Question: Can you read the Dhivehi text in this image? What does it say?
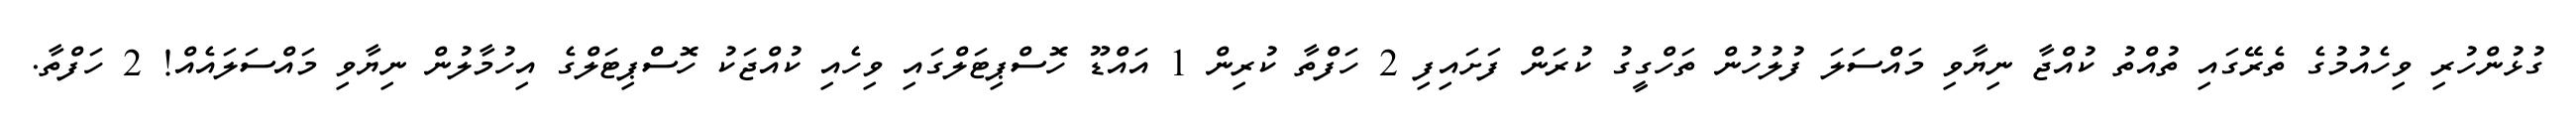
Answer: ގުޅުންހުރި ވިހެއުމުގެ ތެރޭގައި ތުއްތު ކުއްޖާ ނިޔާވި މައްސަލަ ފުލުހުން ތަހްގީގު ކުރަން ފަށައިފި 2 ހަފްތާ ކުރިން 1 އައްޑޫ ހޮސްޕިޓަލްގައި ވިހެއި ކުއްޖަކު ހޮސްޕިޓަލްގެ އިހުމާލުން ނިޔާވި މައްސަލައެއް! 2 ހަފްތާ.